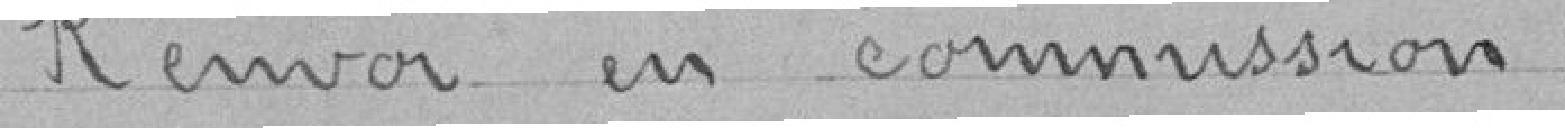
Renvoi en commission